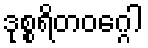
ဒုစ္စရိတဝဂ္ဂေါ